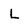
Character: L